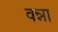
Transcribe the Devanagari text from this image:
वन्ना